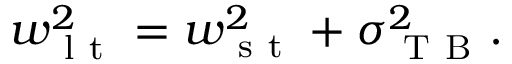
w _ { \mathrm { ~ l ~ t ~ } } ^ { 2 } = w _ { \mathrm { ~ s ~ t ~ } } ^ { 2 } + \sigma _ { \mathrm { ~ T ~ B ~ } } ^ { 2 } .